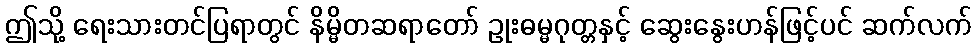
ဤသို့ ရေးသားတင်ပြရာတွင် နိမ္မိတဆရာတော် ဥုးဓမ္မဂုတ္တနှင့် ဆွေးနွေးဟန်ဖြင့်ပင် ဆက်လက်